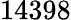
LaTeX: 14398